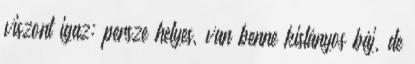
viszont igaz: persze helyes, van benne kislányos báj, de